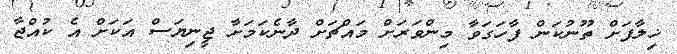
ޚިލާފަށް ތޫނުކަން ފާހަގަވާ މިންވަރަށް މައްޗަށް ދާނެކަމަށާ ޖީނިޔަސް އަކަށް އެ ކުއްޖާ